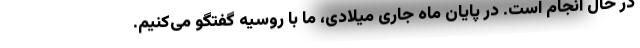
در حال انجام است. در پایان ماه جاری میلادی، ما با روسیه گفتگو می‌کنیم.